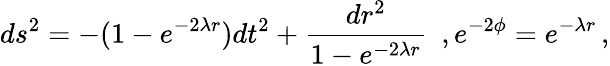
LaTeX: ds^{2}=-(1-e^{-2\lambda r})dt^{2}+\frac{dr^{2}}{1-e^{-2\lambda r}}\, \, \, ,e^{-2\phi}=e^{-\lambda r}\, ,